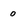
Character: o